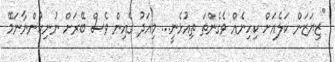
''ޒިޔަޒަން ކަލެއަށް ކިހިނެއް ވެގެންތަ ތިއުޅެނީ... މިއަދު ގެއިން ވެސް ބޭރަށް ނުނިކުންނާނަމޭ